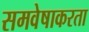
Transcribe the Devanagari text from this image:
समवेषाकरता